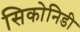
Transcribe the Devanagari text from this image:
सिकोनिडी